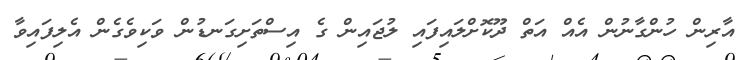
އާރިން ހުންގާނުން އެއް އަތް ދޫކޮށްލައިފައި ލުޖައިން ގެ އިސްތަށިގަނޑުން ވަކިވެގެން އެލިފައިވާ